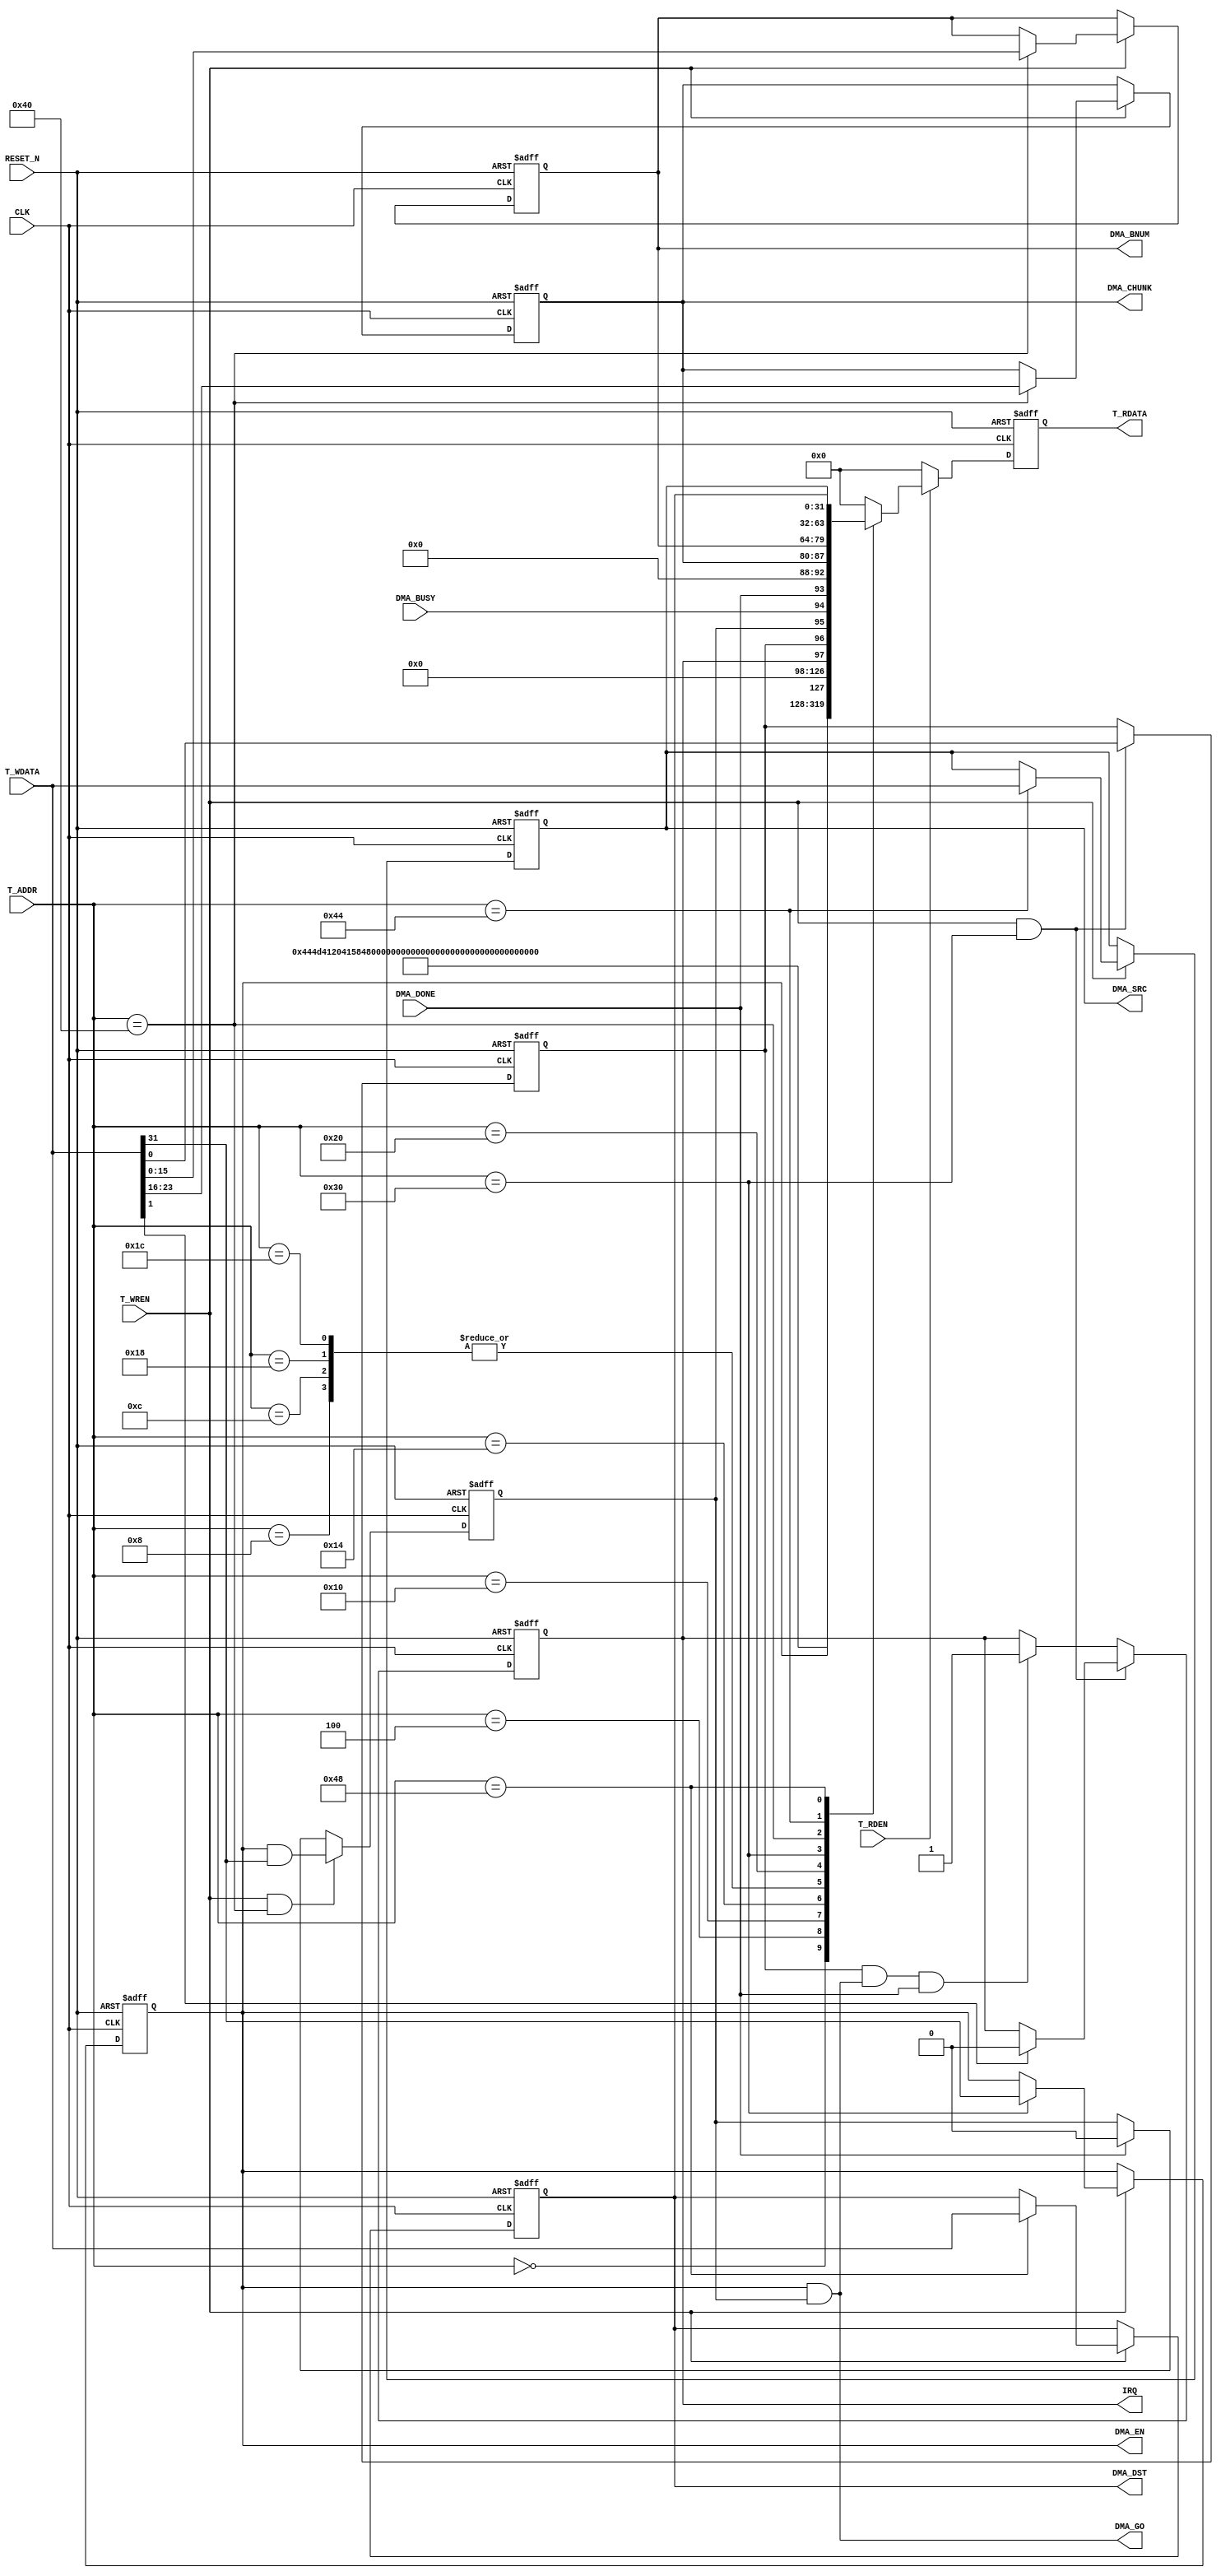
//----------------------------------------------------------
// Copyright (c) 2015 by Ando Ki.
// All right reserved.
//----------------------------------------------------------
// dma_axi_simple_csr.v
//----------------------------------------------------------
// VERSION: 2015.07.12.
//----------------------------------------------------------
// PWM IGBT
//----------------------------------------------------------
// Limitations:
//----------------------------------------------------------
// CSR access signals
//             __    __    __    __    __    _
// CLK      __|  |__|  |__|  |__|  |__|  |__|
//             _____             _____
// T_ADDR   XXX_____XXXXXXXXXXXXX_____XXX
//             _____
// T_RDEN   __|     |____________________
//                   _____
// T_RDATA  XXXXXXXXX_____XXXXXXXXXXXXXXX
//                               _____
// T_WREN   ____________________|     |__
//                               _____
// T_WDATA  XXXXXXXXXXXXXXXXXXXXX_____XXXX
//----------------------------------------------------------
`timescale 1ns/1ns

module dma_axi_simple_csr #(parameter T_ADDR_WID=8)
(
       input   wire                   RESET_N
     , input   wire                   CLK
     , input   wire [T_ADDR_WID-1:0]  T_ADDR
     , input   wire                   T_WREN
     , input   wire                   T_RDEN
     , input   wire [31:0]            T_WDATA
     , output  reg  [31:0]            T_RDATA
     , output  wire                   IRQ
     //-----------------------------------------------------
     , output  wire            DMA_EN
     , output  wire            DMA_GO
     , input   wire            DMA_BUSY
     , input   wire            DMA_DONE
     , output  wire  [31:0]    DMA_SRC
     , output  wire  [31:0]    DMA_DST
     , output  wire  [15:0]    DMA_BNUM // num of bytes to move
     , output  wire  [ 7:0]    DMA_CHUNK// num of bytes to move at a time
);
   //--------------------------------------------------------
   // CSR address
   //-------------------------------------------------------
   localparam CSRA_NAME0   = 8'h00,
              CSRA_NAME1   = 8'h04,
              CSRA_NAME2   = 8'h08,
              CSRA_NAME3   = 8'h0C,
              CSRA_COMP0   = 8'h10,
              CSRA_COMP1   = 8'h14,
              CSRA_COMP2   = 8'h18,
              CSRA_COMP3   = 8'h1C,
              CSRA_VERSION = 8'h20,
              CSRA_CONTROL = 8'h30,
              CSRA_NUM     = 8'h40,
              CSRA_SOURCE  = 8'h44,
              CSRA_DEST    = 8'h48;
   //-------------------------------------------------------
   // CSR
   //-------------------------------------------------------
   wire [31:0] csr_name0   = "DMA "; // 
   wire [31:0] csr_name1   = "AXI "; // 
   wire [31:0] csr_name2   = "    "; // 
   wire [31:0] csr_name3   = "    "; // 
   wire [31:0] csr_comp0   = "DYNA"; // 
   wire [31:0] csr_comp1   = "LITH"; // 
   wire [31:0] csr_comp2   = "    "; // 
   wire [31:0] csr_comp3   = "    "; // 
   wire [31:0] csr_version = 32'h20150712;//
   //-------------------------------------------------------
   reg         csr_ctl_en    = 1'b0; // bit-31
   reg         csr_ctl_ip    = 1'b0; // bit-1
   reg         csr_ctl_ie    = 1'b0; // bit-0
   //-------------------------------------------------------
   reg         csr_num_go    = 1'b0; // bit-31
   reg  [ 7:0] csr_num_chunk = 8'b0; // bit-23~16
   reg  [15:0] csr_num_byte  =16'b0; // bit-15~0
   //-------------------------------------------------------
   reg  [31:0] csr_source    = 1'b0; // bit-31~0
   reg  [31:0] csr_dest      = 9'b0; // bit-31~0
   //-------------------------------------------------------
   // CSR read
   always @ (posedge CLK or negedge RESET_N) begin
   if (RESET_N==1'b0) begin
       T_RDATA <= 'h0;
   end else begin
      if (T_RDEN) begin
         case (T_ADDR) // synthesis full_case parallel_case
           CSRA_NAME0   : T_RDATA <= csr_name0  ;
           CSRA_NAME1   : T_RDATA <= csr_name1  ;
           CSRA_NAME2   : T_RDATA <= csr_name2  ;
           CSRA_NAME3   : T_RDATA <= csr_name3  ;
           CSRA_COMP0   : T_RDATA <= csr_comp0  ;
           CSRA_COMP1   : T_RDATA <= csr_comp1  ;
           CSRA_COMP2   : T_RDATA <= csr_comp2  ;
           CSRA_COMP3   : T_RDATA <= csr_comp3  ;
           CSRA_VERSION : T_RDATA <= csr_version;
           CSRA_CONTROL : T_RDATA <= {csr_ctl_en // bit-31
                                     ,29'h0      // bit-30~2
                                     ,csr_ctl_ip // bit-1
                                     ,csr_ctl_ie // bit-0
                                     };
           CSRA_NUM     : T_RDATA <= {csr_num_go    // bit-31
                                     ,DMA_BUSY      // bit-30
                                     ,DMA_DONE      // bit-29
                                     ,5'h0          // bit-28~24
                                     ,csr_num_chunk // bit-23~16
                                     ,csr_num_byte  // bit-15~0
                                     };
           CSRA_SOURCE  : T_RDATA <= csr_source;
           CSRA_DEST    : T_RDATA <= csr_dest;
           default: begin
                    T_RDATA <=32'h0;
           end
         endcase
      end else T_RDATA <= 'h0;
   end // if
   end // always
   //-------------------------------------------------------
   // CSR write
   always @ (posedge CLK or negedge RESET_N) begin
   if (RESET_N==1'b0) begin
       csr_ctl_en    <= 1'b0;
       csr_num_chunk <= 8'b0;
       csr_num_byte  <= 16'h0;
       csr_source    <= 32'h0;
       csr_dest      <= 32'h0;
   end else begin
      if (T_WREN) begin
         case (T_ADDR) // synthesis full_case parallel_case
           CSRA_CONTROL : csr_ctl_en // bit-31
                          <= T_WDATA[31];
           CSRA_NUM     : begin
                          csr_num_chunk // bit-23~16
                          <= T_WDATA[23:16];
                          csr_num_byte  // bit-15~0
                          <= T_WDATA[15:0];
                          end
           CSRA_SOURCE  : csr_source <= T_WDATA;
           CSRA_DEST    : csr_dest <= T_WDATA;
         endcase
      end
   end // if
   end // always
   //-------------------------------------------------------
   // go
   always @ (posedge CLK or negedge RESET_N) begin
   if (RESET_N==1'b0) begin
       csr_num_go <= 1'b0; // bit-0
   end else begin
       if (T_WREN&&(T_ADDR==CSRA_NUM)) begin
           csr_num_go  <= csr_ctl_en & T_WDATA[31];
       end else begin
           if (DMA_DONE) csr_num_go <= 1'b0;
       end
   end // if
   end // always
   //-------------------------------------------------------
   // interrupt
   always @ (posedge CLK or negedge RESET_N) begin
   if (RESET_N==1'b0) begin
       csr_ctl_ie <= 1'b0; // bit-0
       csr_ctl_ip <= 1'b0; // bit-1
   end else begin
       if (T_WREN&&(T_ADDR==CSRA_CONTROL)) begin
           csr_ctl_ie            <= T_WDATA[0];
           csr_ctl_ip            <= (T_WDATA[1]==1'b1) ? 1'b0 : csr_ctl_ip;
       end else begin
           if (csr_ctl_ie & DMA_GO & DMA_DONE)
               csr_ctl_ip <= 1'b1;
       end
   end // if
   end // always
   //-------------------------------------------------------
   assign IRQ = csr_ctl_ip;
   //-------------------------------------------------------
   assign DMA_EN = csr_ctl_en;
   assign DMA_GO = csr_ctl_en & csr_num_go;
   assign DMA_SRC = csr_source;
   assign DMA_DST = csr_dest;
   assign DMA_BNUM = csr_num_byte;
   assign DMA_CHUNK = csr_num_chunk;
   //-------------------------------------------------------
endmodule
//-------------------------------------------------------
// Revision History
//
// 2015.07.12: Started by Ando Ki 
//-------------------------------------------------------